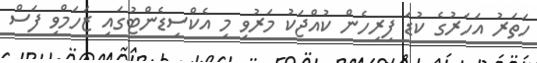
ހަތަރު އަހަރުގެ ކުޑަ ފިރިހެން ކުއްޖަކު މަރުވި މި އެކްސިޑެންޓުގައި ޒަހަމްވި ފަސް